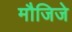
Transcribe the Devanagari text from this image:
मौजिजे